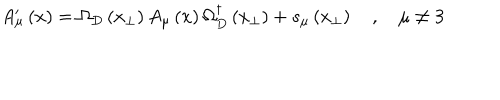
A _ { \mu } ^ { \prime } \left( x \right) = \Omega _ { D } \left( x _ { \perp } \right) A _ { \mu } \left( x \right) \Omega _ { D } ^ { \dagger } \left( x _ { \perp } \right) + s _ { \mu } \left( x _ { \perp } \right) \quad , \quad \mu \neq 3